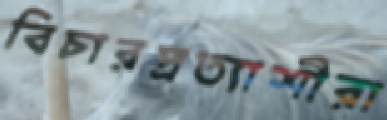
বিচারপ্রত্যাশীরা